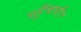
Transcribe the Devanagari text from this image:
पहुँचायी।